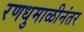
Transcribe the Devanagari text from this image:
रणधुमाळीनंतर